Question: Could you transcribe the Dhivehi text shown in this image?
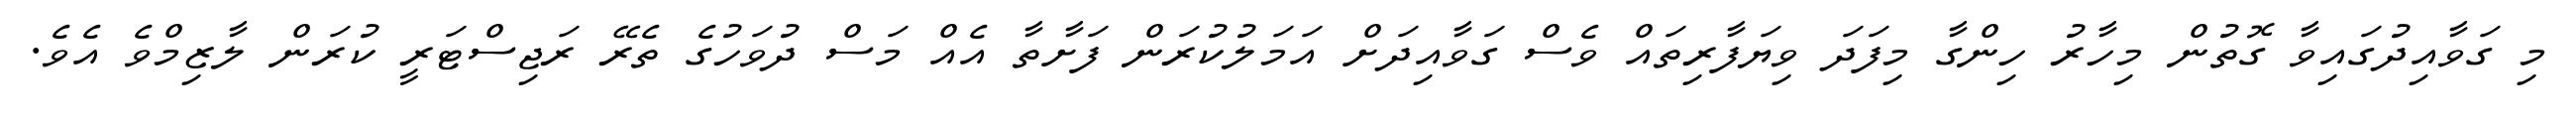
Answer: މި ގަވާއިދުގައިވާ ގޮތުން މިހާރު ހިންގާ މިފަދަ ވިޔަފާރިތައް ވެސް ގަވާއިދަށް އަމަލުކުރަން ފަށާތާ އެއް މަސް ދުވަހުގެ ތެރޭ ރަޖިސްޓަރީ ކުރަން ލާޒިމްވެ އެވެ.